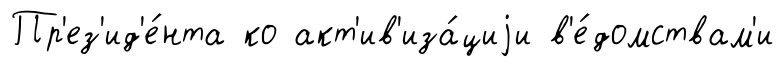
Пр'ез'ид'е́нта ко акт'ив'иза́циjи в'е́домствам'и